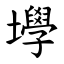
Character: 㙾